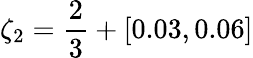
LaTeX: \zeta_{2}=\frac{2}{3}+[0.03,0.06]